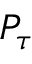
{ \cal P } _ { \tau }